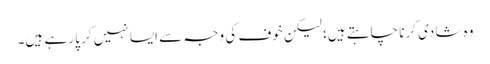
وہ شادی کرنا چاہتے ہیں؛ لیکن خوف کی وجہ سے ایسا نہیں کر پا رہے ہیں۔